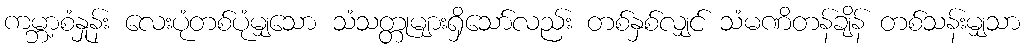
ကမ္ဘာ့စံနှုန်း လေးပုံတစ်ပုံမျှသော သံသတ္တုများရှိသော်လည်း တစ်နှစ်လျှင် သံမဏိတန်ချိန် တစ်သန်းမျှသာ